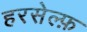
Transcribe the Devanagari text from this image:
हरसेल्फ़